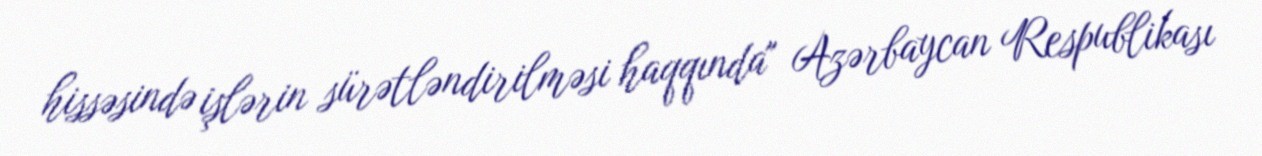
hissəsində işlərin sürətləndirilməsi haqqında" Azərbaycan Respublikası